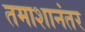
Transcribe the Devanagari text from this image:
तमाशानंतर